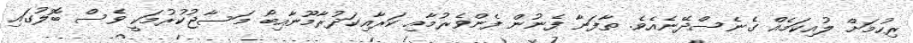
ރިހުމަށް ލުއިކަމެއް ގެނެސްދޭނެއެވެ. ތާފަނާ ފެނުން ފެންވެރުމާއި ކަރާއިކަދުރާމޫނާއިބޯ މަސާޖުކުރުމަކީ ވެސް ބޮލުގައި